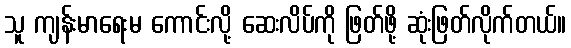
သူ ကျန်းမာရေးမ ကောင်းလို့ ဆေးလိပ်ကို ဖြတ်ဖို့ ဆုံးဖြတ်လိုက်တယ်။